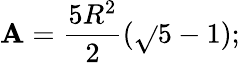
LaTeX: \mathbf{A}={\frac{{5R^{2}}}{{2}}}({\sqrt{}{{5}}}-1);